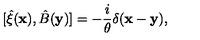
[ { \hat { \xi } } ( { \bf x } ) , { \hat { B } } ( { \bf y } ) ] = - { \frac { i } { \theta } } \delta ( { \bf x } - { \bf y } ) ,